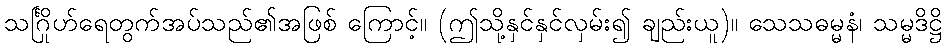
သင်္ဂြိုဟ်ရေတွက်အပ်သည်၏အဖြစ် ကြောင့်။ (ဤသို့နှင်နှင်လှမ်း၍ ချည်းယူ)။ သေသဓမ္မနံ၊ သမ္မဒိဋ္ဌိ